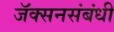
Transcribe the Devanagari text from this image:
जॅक्सनसंबंधी